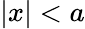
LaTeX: |x|<a